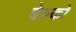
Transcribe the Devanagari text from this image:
बेल्को